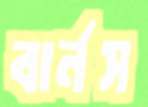
বার্নস